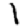
Digit: 1